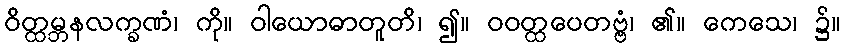
ဝိတ္ထမ္ဘနလက္ခဏံ၊ ကို။ ဝါယောဓာတူတိ၊ ၍။ ဝဝတ္ထပေတဗ္ဗံ၊ ၏။ ကေသေ၊ ၌။